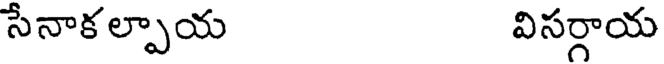
సేనాకల్పాయ విసర్గాయ